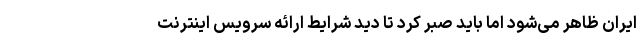
ایران ظاهر می‌شود اما باید صبر کرد تا دید شرایط ارائه سرویس اینترنت